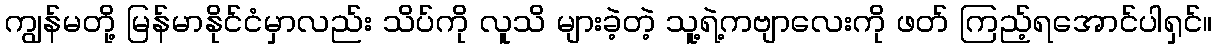
ကျွန်မတို့ မြန်မာနိုင်ငံမှာလည်း သိပ်ကို လူသိ များခဲ့တဲ့ သူ့ရဲ့ကဗျာလေးကို ဖတ် ကြည့်ရအောင်ပါရှင်။